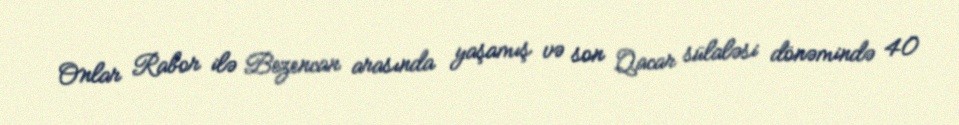
Onlar Rabor ilə Bezencan arasında yaşamış və son Qacar sülaləsi dönəmində 40